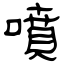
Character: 噴